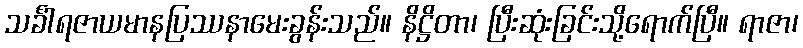
သင်္ခါရဇာယမာနပြဿနာမေးခွန်းသည်။ နိဋ္ဌိတာ၊ ပြီးဆုံးခြင်းသို့ရောက်ပြီ။ ရာဇာ၊